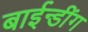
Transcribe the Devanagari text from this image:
बाईन्डींग